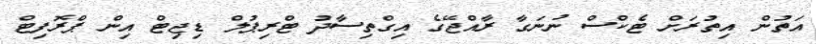
އަތުން އިތުރަށް ޓެކްސް ނުނަގާ ރާއްޖޭގެ އިގްތިސާދު ޓްރިޕުލް ޑިޖިޓް އިން ޕްރޮފިޓް